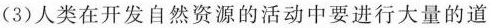
(3)人类在开发自然资源的活动中要进行大量的道